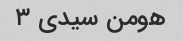
هومن سیدی ۳